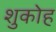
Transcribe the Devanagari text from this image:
शुकोह